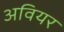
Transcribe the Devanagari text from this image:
अवियर